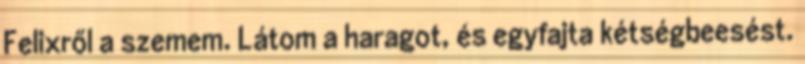
Felixről a szemem. Látom a haragot, és egyfajta kétségbeesést.